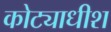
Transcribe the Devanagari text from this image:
कोट्याधीश